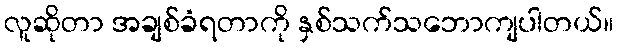
လူဆိုတာ အချစ်ခံရတာကို နှစ်သက်သဘောကျပါတယ်။